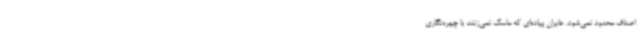
اصناف محدود نمی‌شود. عابران پیاده‌ای که ماسک نمی‌زنند با چهره‌نگاری